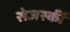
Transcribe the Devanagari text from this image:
सेजर्स्की